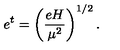
e ^ { t } = \left( \frac { e H } { \mu ^ { 2 } } \right) ^ { 1 / 2 } .